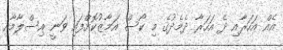
އެއް އަހަރާއި ދެ އަހަރާ ދެމެދުގެ މި ކޯސް އަމާޒުކޮށްފައި ވަނީ އިސްލާމާއި